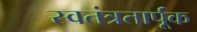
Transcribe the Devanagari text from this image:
स्वतंत्रतार्पूक